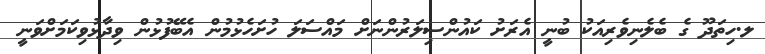
ލ.ހިތަދޫ ގެ ބެލެނިވެރިއަކު ބުނީ އެރަށު ކައުންސިލަރުންނަށް މައްސަލަ ހުށަހެޅުމުން އެބޭފުޅުން ވިދާޅުވިކަމަށްވަނީ